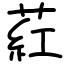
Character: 葒